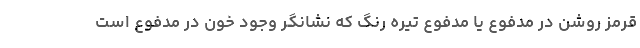
قرمز روشن در مدفوع یا مدفوع تیره رنگ که نشانگر وجود خون در مدفوع است